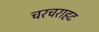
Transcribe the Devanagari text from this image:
चरचराहट